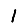
Digit: 1